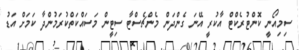
ސިމިއޯނީ ކޮންޓުރެކްޓް އާކުރީ އޭނަ ގެންދަން މެންޗެސްޓާ ސިޓީން މަސައްކަތްކުރަމުންދާ ކަމަށް އަޑު